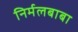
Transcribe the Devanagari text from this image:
निर्मलबाबा